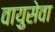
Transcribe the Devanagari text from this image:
वाय़ुसेवा